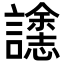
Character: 𮙄